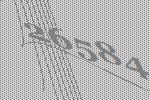
26584